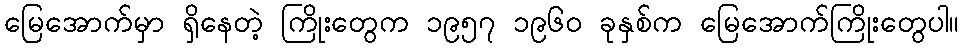
မြေအောက်မှာ ရှိနေတဲ့ ကြိုးတွေက ၁၉၅၇ ၁၉၆၀ ခုနှစ်က မြေအောက်ကြိုးတွေပါ။